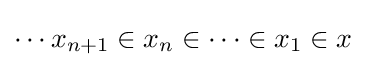
\cdots x_{n+1}\in x_{n}\in \cdots \in x_{1}\in x